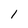
Character: 1